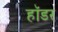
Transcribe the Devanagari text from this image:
हॉडर